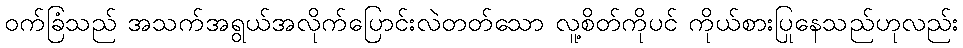
ဝက်ခြံသည် အသက်အရွယ်အလိုက်ပြောင်းလဲတတ်သော လူ့စိတ်ကိုပင် ကိုယ်စားပြုနေသည်ဟုလည်း